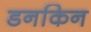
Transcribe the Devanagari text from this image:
डनकिन